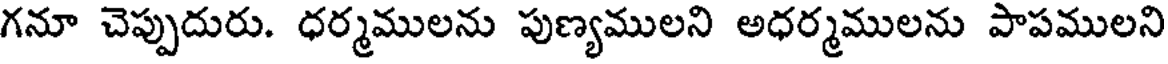
గనూ చెప్పుదురు. ధర్మములను పుణ్యములని అధర్మములను పాపములని